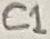
Text: C1